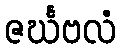
ဇင်္ဃဗလံ